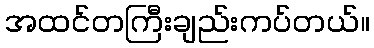
အထင်တကြီးချည်းကပ်တယ်။